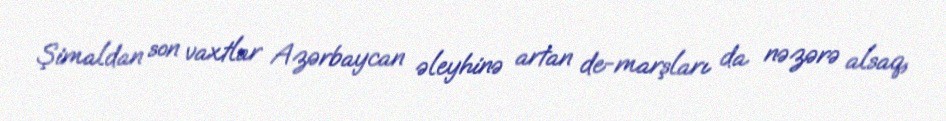
Şimaldan son vaxtlar Azərbaycan əleyhinə artan de-marşları da nəzərə alsaq,